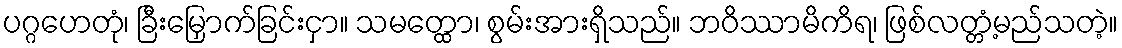
ပဂ္ဂဟေတုံ၊ ခြီးမြှောက်ခြင်းငှာ။ သမတ္ထော၊ စွမ်းအားရှိသည်။ ဘဝိဿာမိကိရ၊ ဖြစ်လတ္တံ့မည်သတဲ့။